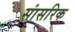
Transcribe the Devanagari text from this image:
सांसरिक